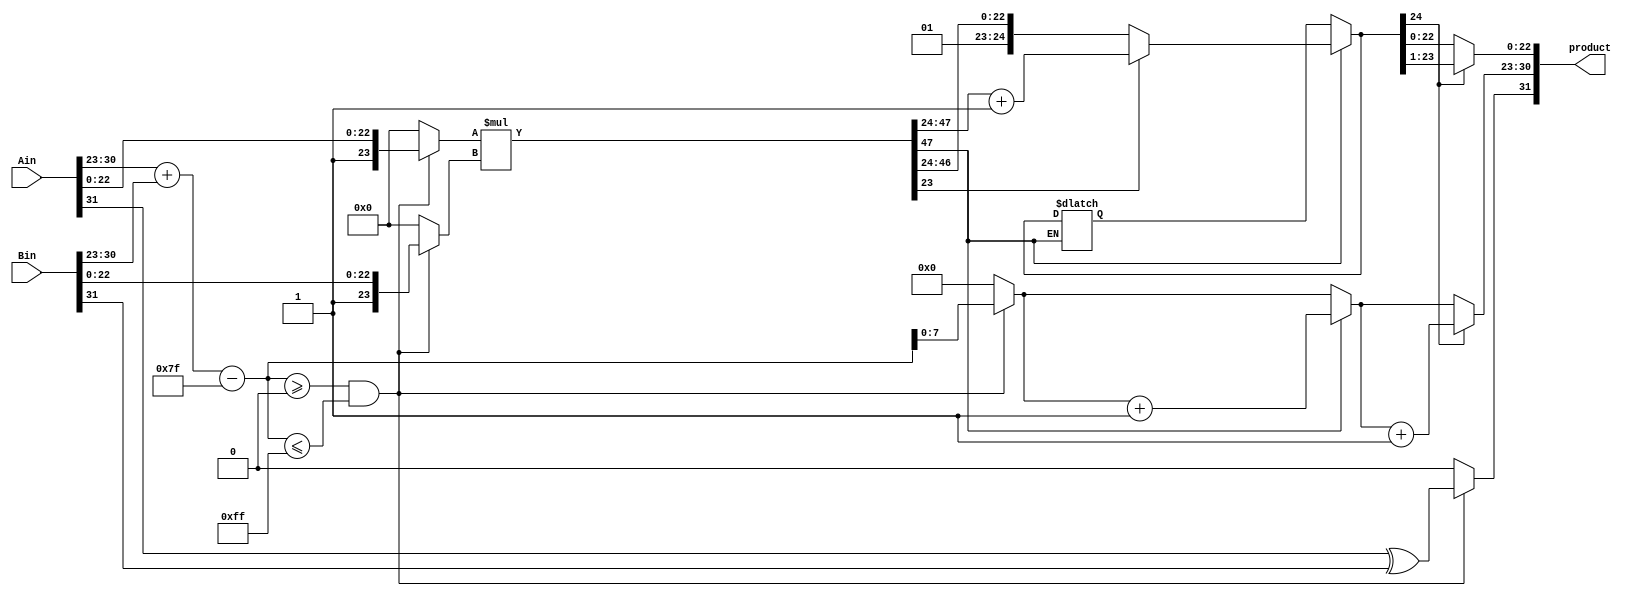
module fpalu_multiplier(Ain,Bin,product);
input [32:0]Ain,Bin; 
output reg [31:0]product;
//input clk;
reg sign;
reg [8:0]exp,fexp1,fexp2;
reg flag;
//for internal computations
reg [23:0]a,b;
reg [47:0]s,sum;
reg [24:0]sum1,sum2;

reg flag7[0:31];
integer i=0;
/*
always @(posedge clk)
begin
Ain<=32'h0000_0000;
Bin<=32'h0000_0000; 
end*/

always @(*)
	begin
	//if(start)

	exp =Ain[30:23]+Bin[30:23]-8'd127; //Adding exponents of the two inputs and subtracting the bias to get new biased exponent
	
		if(exp>= 0 && exp <=255)//
			begin
			a={1'b1,Ain[22:0]};
                    	b={1'b1,Bin[22:0]};
                    	sign=Ain[31]^Bin[31];
                    	flag=1'b0;
			end
		else 
			begin 
 			a=24'd0;
                    	b=24'd0;
                    	exp=9'd0;
                    	sign=1'b0;
                    	flag=1'b1; 
			end 

s=a*b;


	if(s[47])
		begin
		sum=s>>1;
		fexp1=exp+1'b1;

		if(fexp1[8])
                    begin

                        flag=1'b1;  

                    end                
		         begin   
			        if(sum[22]==1'b1)
			                begin
				            sum1=sum[47:23]+1'b1;
				        end 
				else
				        begin
				            sum1=sum[47:23];
				        end

		        end
		end
	else 
	    begin
                sum=s;
                fexp1=exp; 
	                /*if(fexp1[8])
		                    begin
		                        flag=1'b1;     
		                    end
					begin 
						if(sum[22]==1'b1)
					            begin
						            sum1=sum[47:23]+1'b1;
					            end 
						else
					            begin
						            sum1=sum[47:23];
					            end 
					end*/
	end

	if(sum1[24]==1'b1)
	    begin
		sum2=sum1>>1;
		fexp2=fexp1+1'b1;
			if(fexp2[8])
			    begin
				  flag=1'b1;     
		    		end
	    end
	else
            begin
		sum2=sum1;
                fexp2=fexp1;    
	                if(fexp2[8])
		                    begin
		                        flag=1'b1;        
		                    end
            end

product={sign,fexp2[7:0],sum2[22:0]};
end 
endmodule